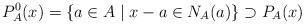
\begin{gather*}P_{A}^0(x)= \left\{a\in A \mid x-a\in N_A(a)\right\}\supset P_{A}(x)\end{gather*}